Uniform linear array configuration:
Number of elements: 32
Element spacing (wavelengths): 0.25
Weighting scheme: cosine
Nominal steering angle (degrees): -60
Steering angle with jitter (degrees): -61.082
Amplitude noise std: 0.05
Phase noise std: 0.05

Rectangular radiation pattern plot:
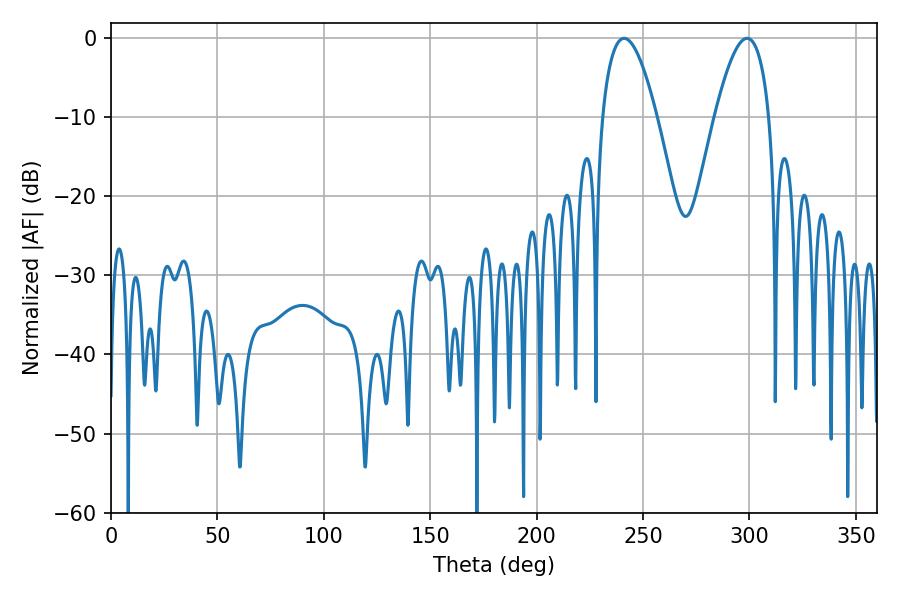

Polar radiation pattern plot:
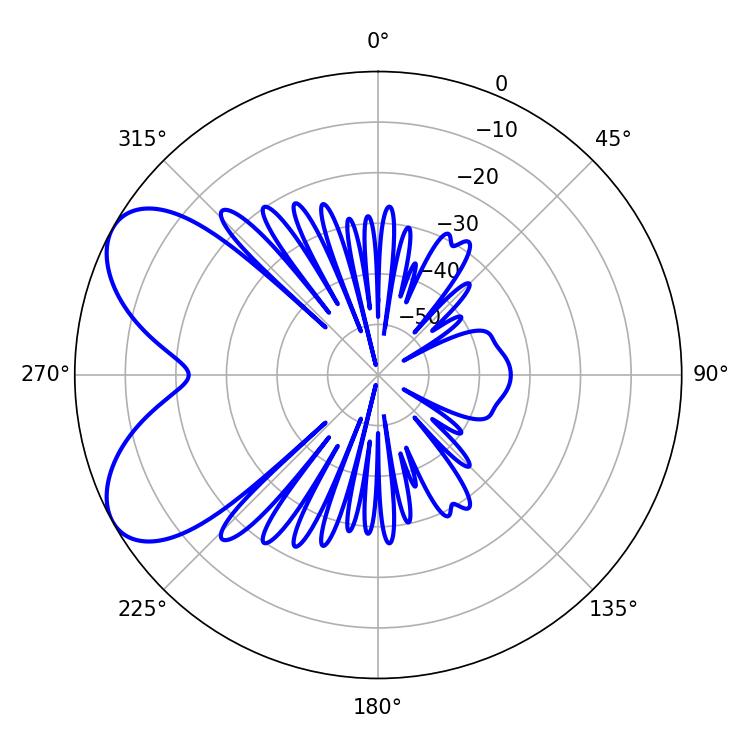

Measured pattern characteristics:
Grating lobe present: FALSE
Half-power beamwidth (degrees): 14.04
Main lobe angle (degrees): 241.02